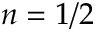
n = 1 / 2